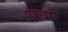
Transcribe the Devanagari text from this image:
त़डप